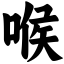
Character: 喉